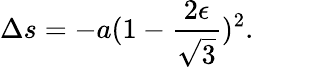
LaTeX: \Delta s=-a(1-{\frac{2\epsilon}{\sqrt{3}}})^{2}.\qquad